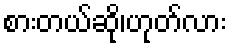
စားတယ်ဆို၊ဟုတ်လား